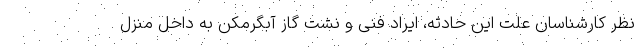
نظر کارشناسان علت این حادثه، ایراد فنی و نشت گاز آبگرمکن به داخل منزل